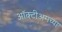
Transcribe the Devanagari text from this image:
ऑक्टीअमच्या